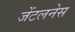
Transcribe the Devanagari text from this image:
जेंटलनेस